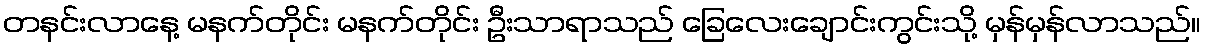
တနင်းလာနေ့ မနက်တိုင်း မနက်တိုင်း ဦးသာရာသည် ခြေလေးချောင်းကွင်းသို့ မှန်မှန်လာသည်။